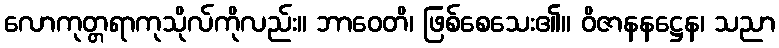
လောကုတ္တရာကုသိုလ်ကိုလည်း။ ဘာဝေတိ၊ ဖြစ်စေသေး၏။ ဝိဇာနနဋ္ဌေန၊ သညာ